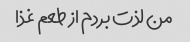
من لذت بردم از طعم غذا